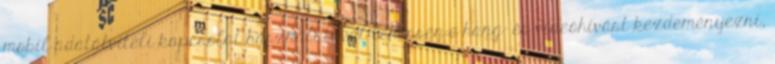
mobil adatátviteli kapcsolat használatával lehessen-e hang- és videóhívást kezdeményezni,